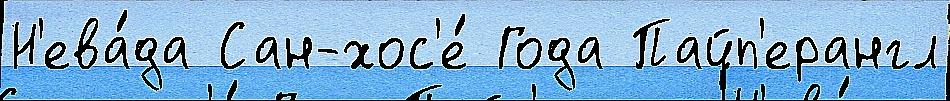
Н'ева́да Сан-хос'е́ Года Пайп'ерангл